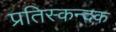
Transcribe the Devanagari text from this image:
प्रतिस्कन्दक